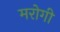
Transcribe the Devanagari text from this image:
मरोगी